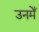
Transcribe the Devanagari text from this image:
उनमेँ